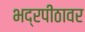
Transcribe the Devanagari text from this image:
भद्रपीठावर